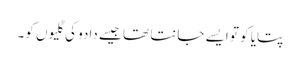
پتایا کو تو ایسے جانتا تھا جیسے دادو کی گلیوں کو۔